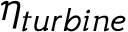
\eta _ { t u r b i n e }